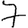
Digit: 7